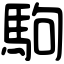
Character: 駒